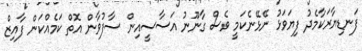
ފަނޑިޔާރަކާމެދު ފިޔަވަޅު ނޭޅޭނެކަމީ ވެސް ގާނޫނު އަސާސީއިން ސާފުވާން އޮތް ކަމެއްކަން ފާއިޒް